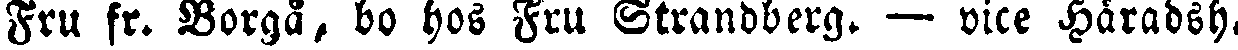
Fru fr. Borgå, bo hos Fru Strandberg. — vice Häradsh.